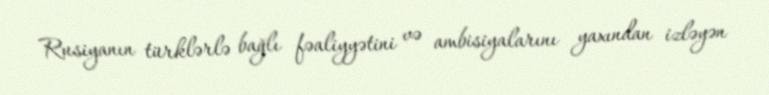
Rusiyanın türklərlə bağlı fəaliyyətini və ambisiyalarını yaxından izləyən